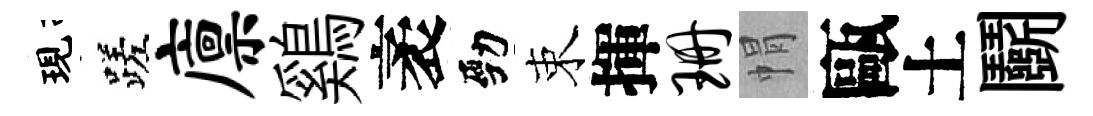
現蹉廪鷄袤勁束揮珊㡌甌土鬬